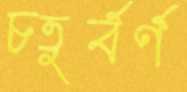
চতুর্বর্ণ